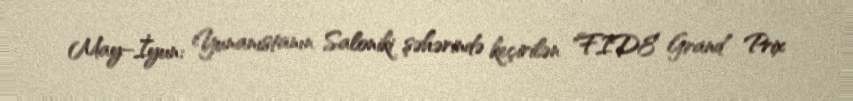
May–İyun: Yunanıstanın Saloniki şəhərində keçirilən "FIDE Grand Prix